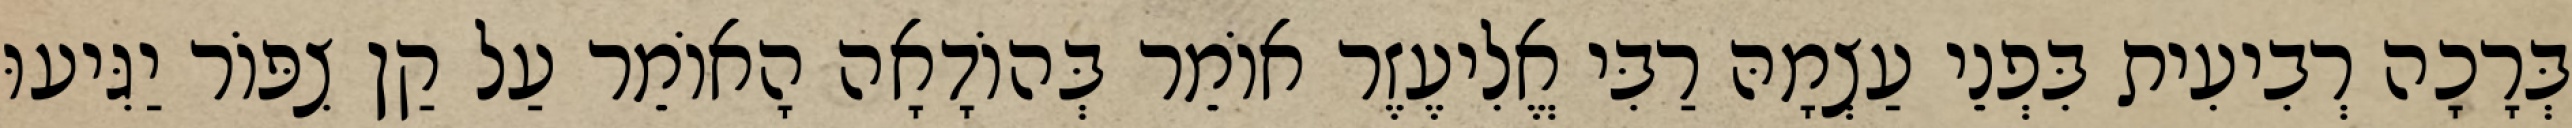
בְּרָכָה רְבִיעִית בִּפְנֵי עַצְמָהּ רַבִּי אֱלִיעֶזֶר אוֹמֵר בְּהוֹדָאָה הָאוֹמֵר עַל קַן צִפּוֹר יַגִּיעוּ